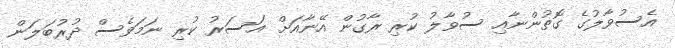
އެސުވާލުގެ ގޮތުންނާއި ސުވާލު ކުރި ރާގުން އޭނާއަށް އަސަރު ކުރި ނަމަވެސް ދުރުބަލަން